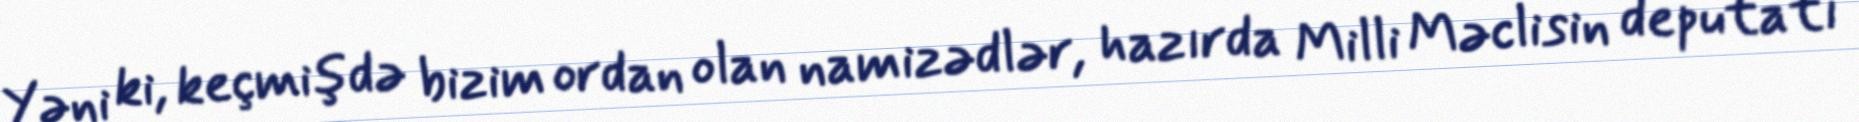
Yəni ki, keçmişdə bizim ordan olan namizədlər, hazırda Milli Məclisin deputatı